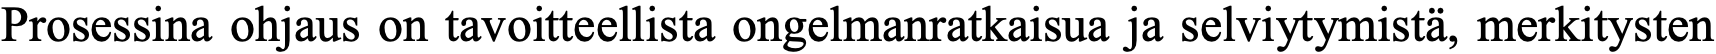
Prosessina ohjaus on tavoitteellista ongelmanratkaisua ja selviytymistä, merkitysten